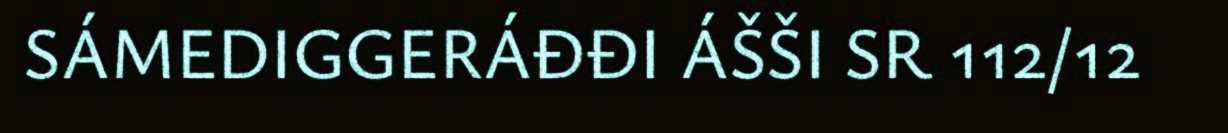
SÁMEDIGGERÁĐĐI ÁŠŠI SR 112/12